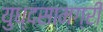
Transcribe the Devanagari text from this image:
युध्दसामग्री